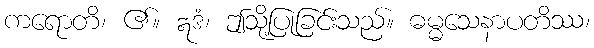
ကရောတိ၊ ၏။ ဣဒံ၊ ဤသို့ပြုခြင်းသည်။ ဓမ္မသေနာပတိဿ၊